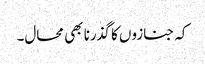
کہ جنازوں کا گذرنا بھی محال۔